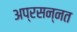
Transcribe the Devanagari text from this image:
अप्रसन्नत